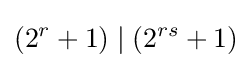
(2^{r}+1)\mid (2^{rs}+1)